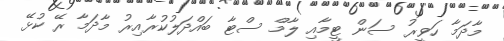
މާދަމާ ހަވީރު ސަން ޓީމާއި ލާމް ސްޓާ ބައްދަލުކުރާއިރު މާދަމާ ރޭ ކުޅޭ